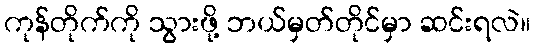
ကုန်တိုက်ကို သွားဖို့ ဘယ်မှတ်တိုင်မှာ ဆင်းရလဲ။